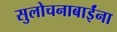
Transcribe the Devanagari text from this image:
सुलोचनाबाईंना